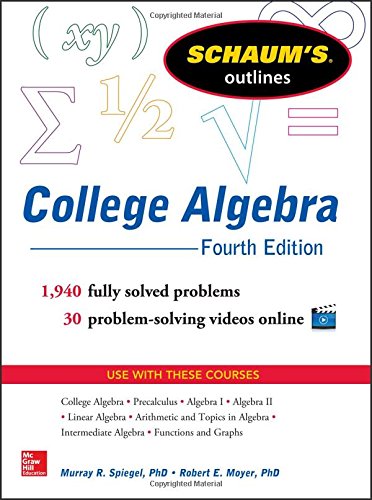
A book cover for Schaum's Outline of College Algebra, 4th Edition (Schaum's Outlines); Murray Spiegel; Business & Money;